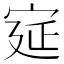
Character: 㝚